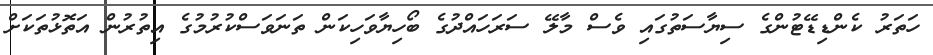
ހަތަރު ކެންޑިޑޭޓުންގެ ސިޔާސަތުގައި ވެސް މާލޭ ސަރަހައްދުގެ ބޯހިޔާވަހިކަން ތަނަވަސްކުރުމުގެ އިތުރުން އަތޮޅުތަކަށް